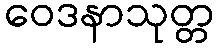
ဝေဒနာသုတ္တ